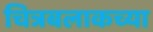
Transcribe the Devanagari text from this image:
चित्रबलाकच्या